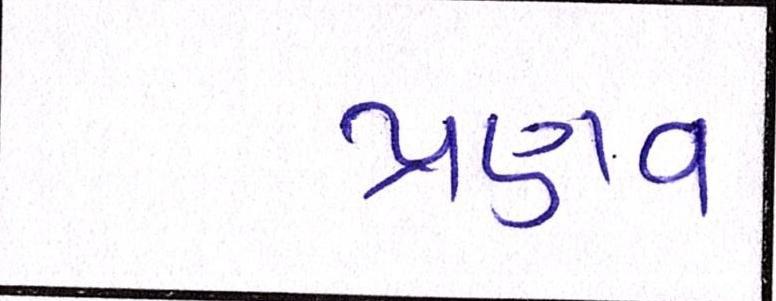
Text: પ્રણવ